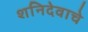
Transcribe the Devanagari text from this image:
शनिदेवाचे